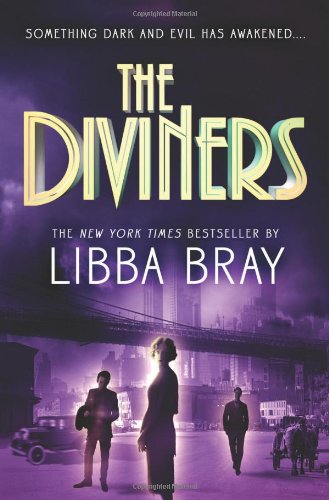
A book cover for The Diviners; Libba Bray; Teen & Young Adult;